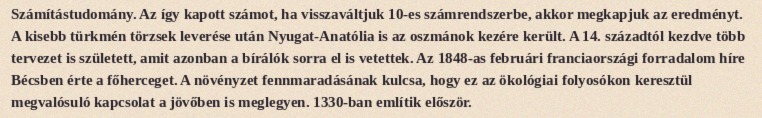
Számítástudomány. Az így kapott számot, ha visszaváltjuk 10-es számrendszerbe, akkor megkapjuk az eredményt. A kisebb türkmén törzsek leverése után Nyugat-Anatólia is az oszmánok kezére került. A 14. századtól kezdve több tervezet is született, amit azonban a bírálók sorra el is vetettek. Az 1848-as februári franciaországi forradalom híre Bécsben érte a főherceget. A növényzet fennmaradásának kulcsa, hogy ez az ökológiai folyosókon keresztül megvalósuló kapcsolat a jövőben is meglegyen. 1330-ban említik először.